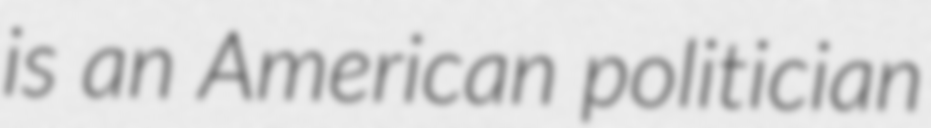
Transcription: is an American politician